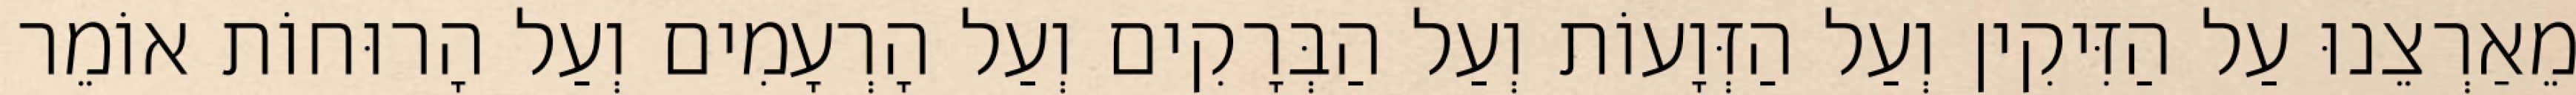
מֵאַרְצֵנוּ עַל הַזִּיקִין וְעַל הַזְּוָעוֹת וְעַל הַבְּרָקִים וְעַל הָרְעָמִים וְעַל הָרוּחוֹת אוֹמֵר